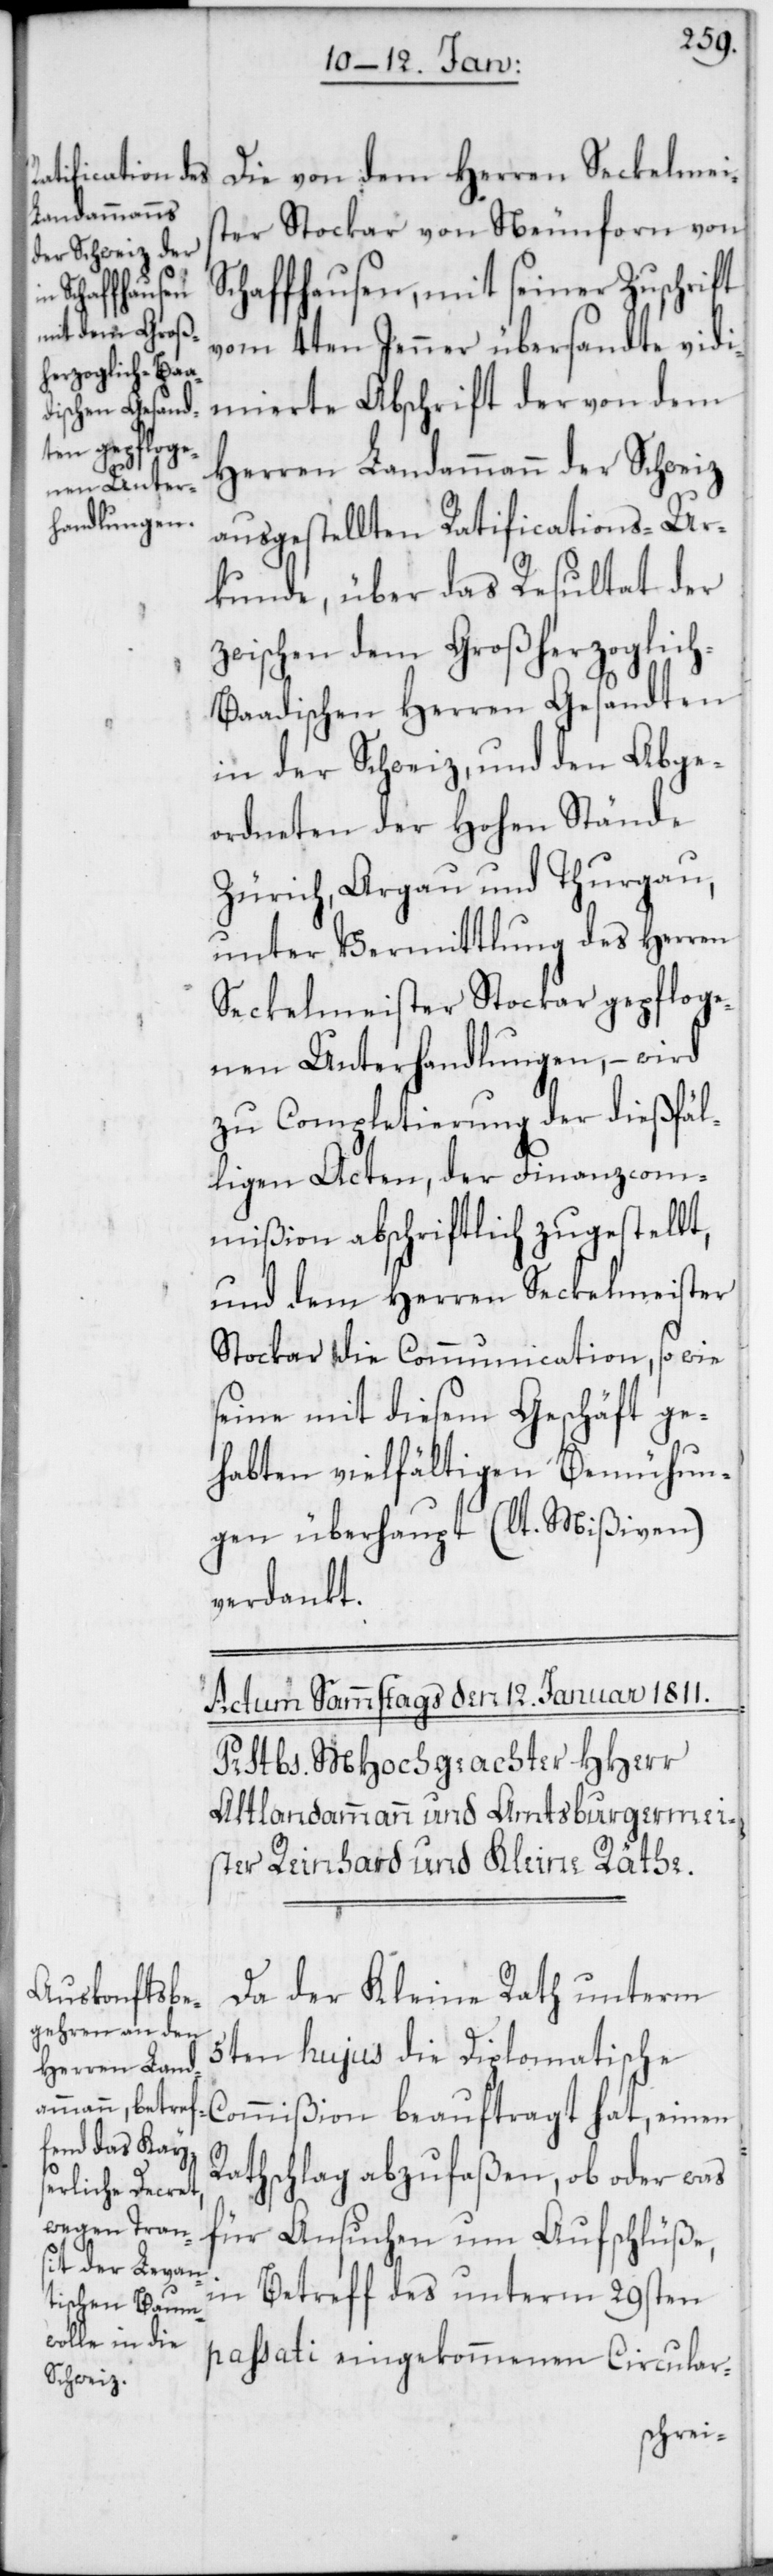
Die von dem Herren Seckelmeis¬
ter Stockar von Neunforn von
Schaffhausen, mit seiner Zuschrift
vom 4ten Jenner übersandte vidi¬
mierte Abschrift der von dem
Herren Landammann der Schweiz
ausgestellten Ratifications-Ur¬
kunde, über das Resultat der
zwischen dem Großherzoglic¬
h-Baadischen Herren Gesandten
in der Schweiz, und den Abge¬
ordneten der Hohen Stände
Zürich, Argau und Thurgau,
unter Vermittlung des Herren
Seckelmeister Stockar gepfloge¬
nen Unterhandlungen, – wird
zu Completierung der dießfäl¬
ligen Acten, der Finanzcom¬
mißion abschriftlich zugestellt,
und dem Herren Seckelmeister
Stockar die Communication, so wie
seine mit diesem Geschäft ge¬
habten vielfältigen Bemühun¬
gen überhaupt (lt. Mißiven)
verdankt.
Da der Kleine Rath unterm
5ten hujus die Diplomatische
Commißion beauftragt hat, einen
Rathschlag abzufaßen, ob oder was
für Ansuchen um Aufschlüße,
in Betreff des unterm 29sten
passati eingekommenen Circular-